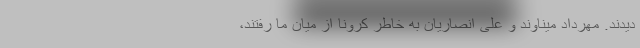
دیدند. مهرداد میناوند و علی انصاریان به خاطر کرونا از میان ما رفتند،